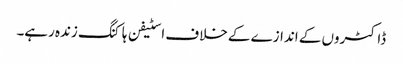
ڈاکٹروں کے اندازے کے خلاف اسٹیفن ہاکنگ زندہ رہے۔